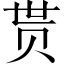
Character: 贳